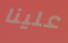
علينا